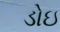
ડોઇ